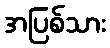
အပြစ်သား